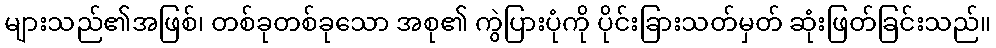
များသည်၏အဖြစ်၊ တစ်ခုတစ်ခုသော အစု၏ ကွဲပြားပုံကို ပိုင်းခြားသတ်မှတ် ဆုံးဖြတ်ခြင်းသည်။